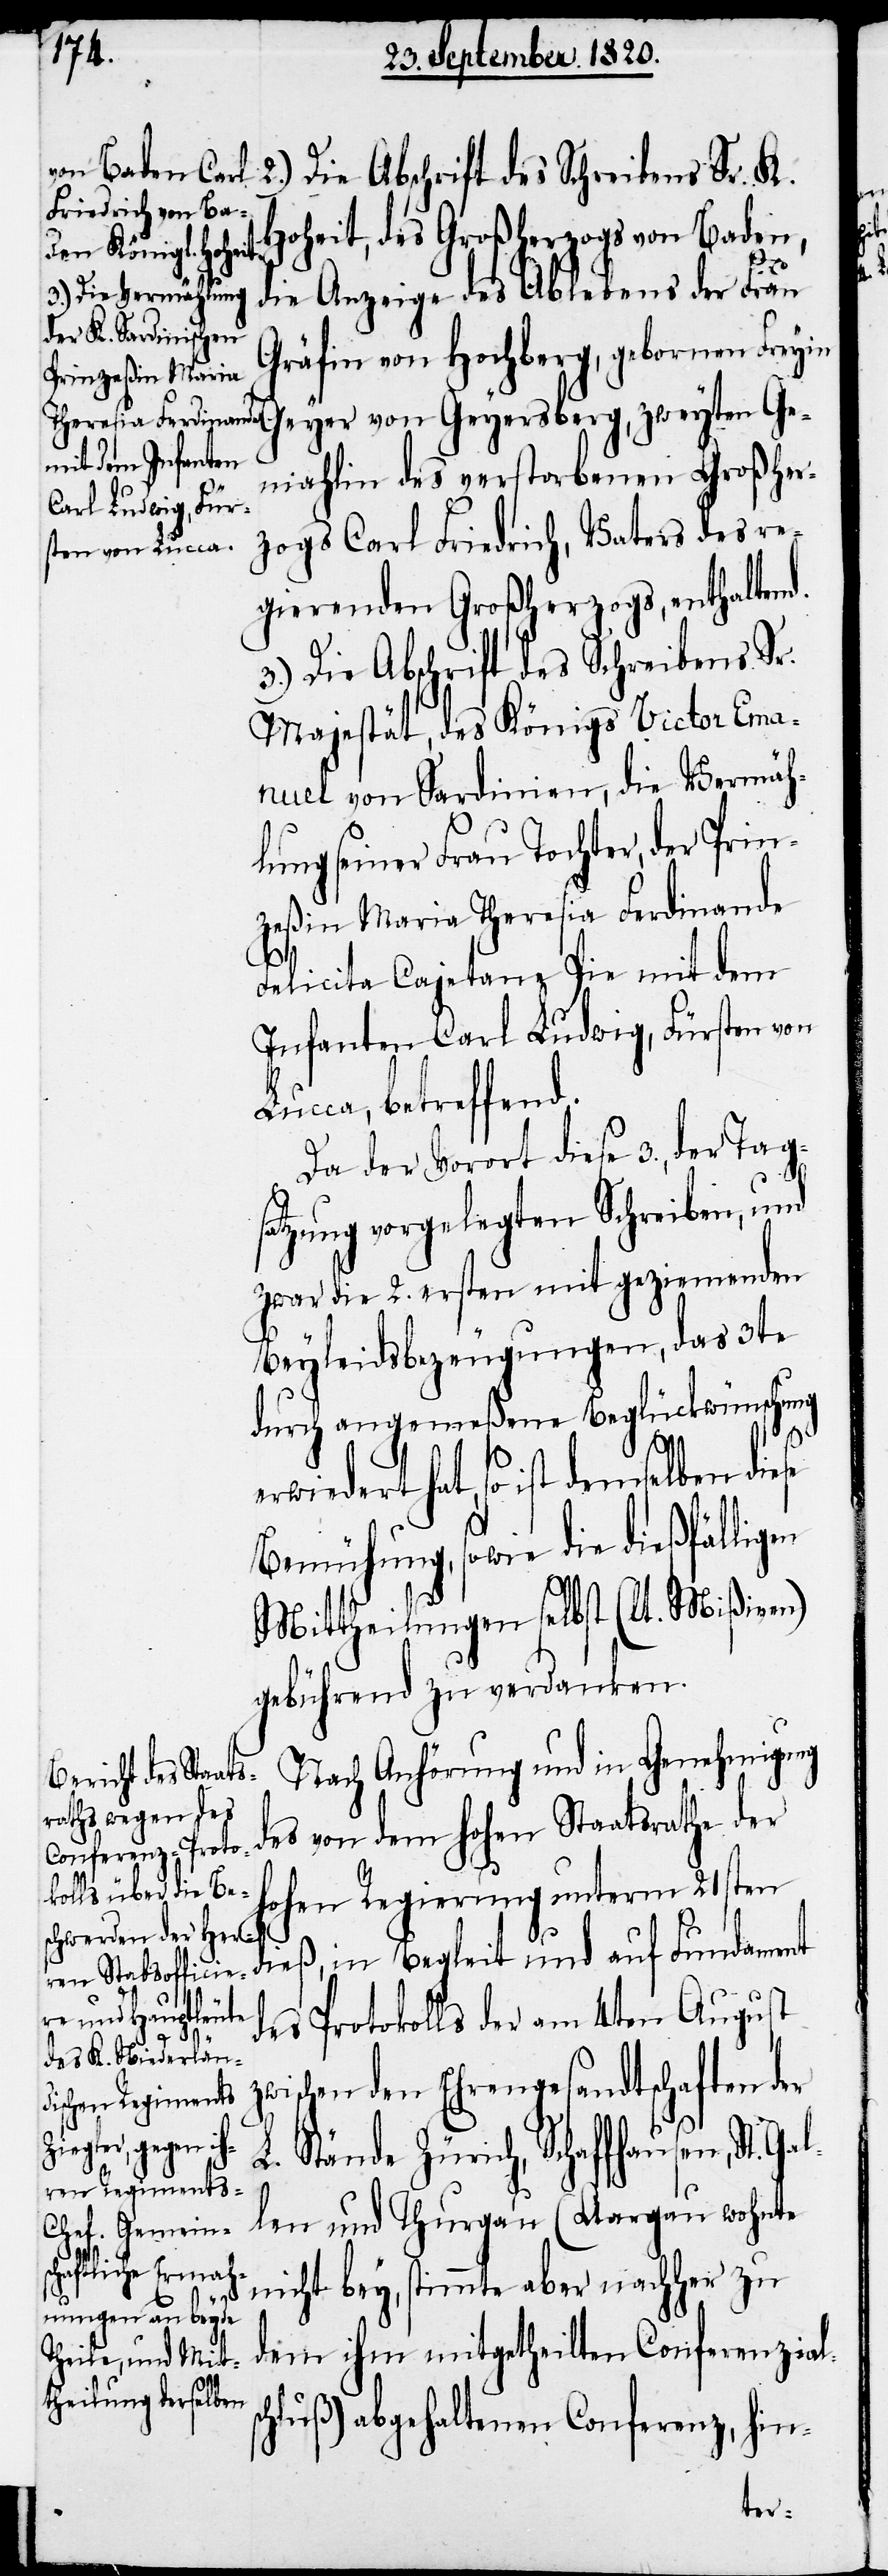
2.) Die Abschrift des Schreibens Sr. K.
Hoheit, des Großherzoges von Baden,
die Anzeige des Ablebens der Frau
Gräfin von Hochberg, gebornen Freyin
Geyer von Greyersberg, zweyten Ge¬
mahlin des verstorbenen Großher¬
zogs Carl Friedrich, Vaters des re¬
gierenden Großherzogs, enthaltend.
3.) Die Abschrift des Schreibens Sr.
Majestät, des Königs Victor Ema¬
nuel von Sardinien, die Vermäh¬
lung seiner Frau Tochter, der Prin¬
zeßin Maria Theresia Ferdinande
Felicita Cajetane Pie mit dem
Infanten Carl Ludwig, Fürsten von
ucca, betreffend.
Da der Vorort diese 3., der Tags¬
atzung vorgelegten Schreiben, und
zwar die ersten und geziemenden
Beyleidsbezeugungen, das 3te
durch angemeßene Beglückwünschung
z¬
erwiedert hat, so ist demselben
Bemühung, sowie die dießfälligen
Mittheilungen selbst (lt. Mißiven)
gebührend zu verdanken.
Nach Anhörung und in Genehmigung
des von dem hohen Staatsrathe der
hohen Regierung unterm 21sten
auf Fundament
des Protokolls der am 4ten August
wischen den Ehrengesandtschaften der
L. Stände Zürich, Schaffhausen, St.
len und Thurgau (Aargau wohnte
nicht bey, stimmte aber nachher zu
Gal¬
dem ihm mitgetheilten Conferenziels¬
chluß) abgehaltenen Conferenz, hin-